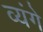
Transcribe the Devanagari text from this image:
व्यंगे